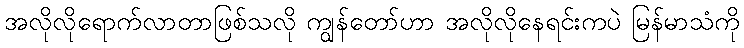
အလိုလိုရောက်လာတာဖြစ်သလို ကျွန်တော်ဟာ အလိုလိုနေရင်းကပဲ မြန်မာသံကို